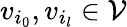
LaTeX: v_{i_{0}},v_{i_{l}}\in\mathcal{V}